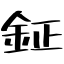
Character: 鉦